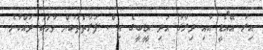
އިރު އޭއޯޑީ އާއި ދިރާގު އަދި އީޑީބީގެ އިސް ފަރާތްތަކުން ވާހަކަ ދައްކާނެ